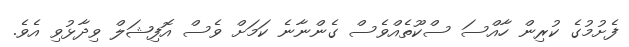
ފެށުމުގެ ކުރިން ހާއްސަ ސްކޫތެއްވެސް ގެންނާނެ ކަމަށް ވެސް އޮފިޝަލް ވިދާޅުވި އެވެ.